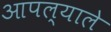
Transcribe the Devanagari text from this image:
आपल्याले